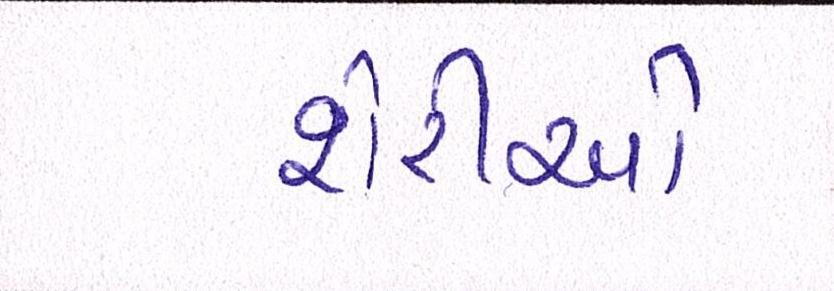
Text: શેરીઓ